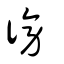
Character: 徬